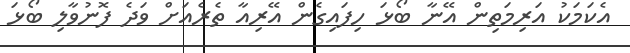
އެކަމަކު އަރިމަތިން އޭނާ ބޯޅަ ހިފައިގެން އޭރިއާ ތެރެއަށް ވަދެ ފޮނުވާލި ބޯޅަ